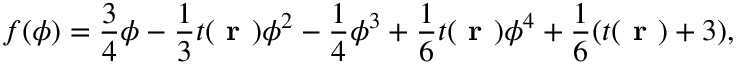
{ f ( \phi ) = { \frac { 3 } { 4 } \phi - \frac { 1 } { 3 } t ( \textbf { r } ) \phi ^ { 2 } - \frac { 1 } { 4 } \phi ^ { 3 } + \frac { 1 } { 6 } t ( \textbf { r } ) \phi ^ { 4 } + \frac { 1 } { 6 } ( t ( \textbf { r } ) + 3 ) } } ,